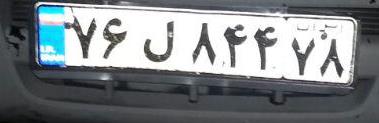
۷۶ل۸۴۴۷۸